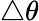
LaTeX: \triangle\theta